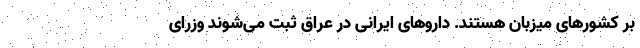
بر کشورهای میزبان هستند. داروهای ایرانی در عراق ثبت می‌شوند وزرای